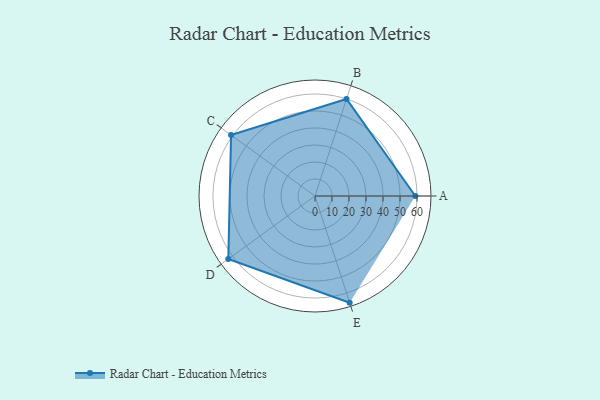
{"axis": {"x": "Skill", "y": "Score"}, "legend": ["Profile"], "data": [{"x": "A", "y": 59.0, "type": "Profile"}, {"x": "B", "y": 60.0, "type": "Profile"}, {"x": "C", "y": 61.0, "type": "Profile"}, {"x": "D", "y": 63.0, "type": "Profile"}, {"x": "E", "y": 66.0, "type": "Profile"}]}